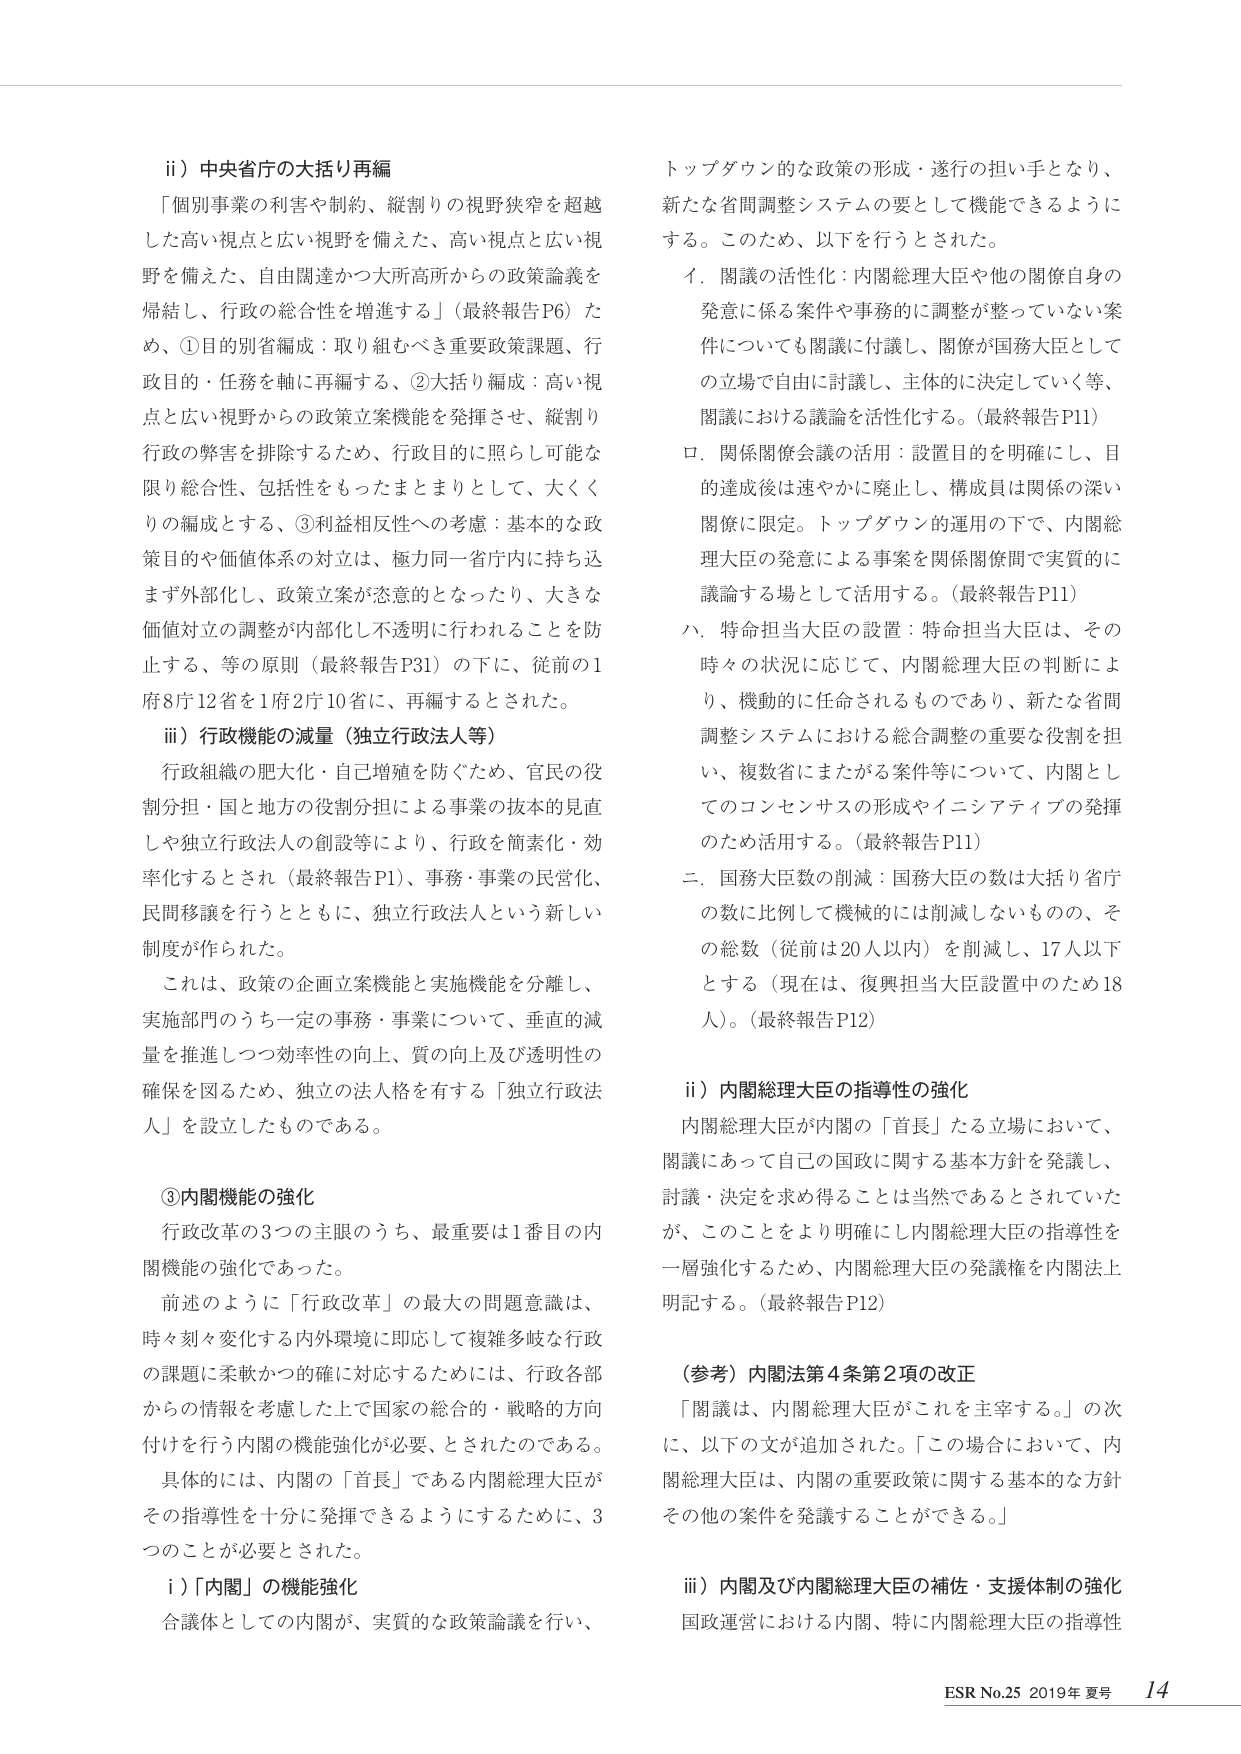
ii）中央省庁の大括り再編
「個別事業の利害や制約、縦割りの視野狭窄を超越した高い視点と広い視野を備えた、高い視点と広い視野を備えた、自由闊達かつ大所高所からの政策論義を帰結し、行政の総合性を増進する」（最終報告P6）ため、①目的別省編成：取り組むべき重要政策課題、行政目的・任務を軸に再編する、②大括り編成：高い視点と広い視野からの政策立案機能を発揮させ、縦割り行政の弊害を排除するため、行政目的に照らし可能な限り総合性、包括性をもったまとまりとして、大きく括りの編成とする、③利益相反性への考慮：基本的な政策目的や価値体系の対立は、極力同一省庁内に持ち込まず外部化し、政策立案が恣意的となったり、大きな価値対立の調整が内部化し不透明に行われることを防止する、等の原則（最終報告P31）の下に、従前の1府8庁12省を1府2庁10省に、再編するとされた。

iii）行政機能の減量（独立行政法人等）
行政組織の肥大化・自己増殖を防ぐため、官民の役割分担・国と地方の役割分担による事業の抜本的見直しや独立行政法人の創設等により、行政を簡素化・効率化するとされ（最終報告P1）、事務・事業の民営化、民間移譲を行うとともに、独立行政法人という新しい制度が作られた。
これは、政策の企画立案機能と実施機能を分離し、実施部門のうち一定の事務・事業について、垂直的減量を推進しつつ効率性の向上、質の向上及び透明性の確保を図るため、独立の法人格を有する「独立行政法人」を設立したものである。

③内閣機能の強化
行政改革の3つの主眼のうち、最重要は1番目の内閣機能の強化であった。
前述のように「行政改革」の最大の問題意識は、時々刻々変化する内外環境に即応して複雑多岐な行政の課題に柔軟かつ的確に対応するためには、行政各部からの情報を考慮した上で国家の総合的・戦略的方向付けを行う内閣の機能強化が必要、とされたのである。
具体的には、内閣の「首長」である内閣総理大臣がその指導性を十分に発揮できるようにするために、3つのことが必要とされた。

i）「内閣」の機能強化
合議体としての内閣が、実質的な政策論議を行い、トップダウン的な政策の形成・遂行の担い手となり、新たな省間調整システムの要として機能できるようにする。このため、以下を行うとされた。
イ．閣議の活性化：内閣総理大臣や他の関係自身の発意に係る案件や事務的に調整が整っていない案件についても閣議に付議し、関係が国務大臣としての立場で自由に討論し、主体的に決定していく等、閣議における議論を活性化する。（最終報告P11）
ロ．関係関係会議の活用：設置目的を明確にし、目的達成後は速やかに廃止し、構成員は関係の深い関係に限定。トップダウン的運用の下で、内閣総理大臣の発意による事案を関係関係間で実質的に議論する場として活用する。（最終報告P11）
ハ．特命担当大臣の設置：特命担当大臣は、その時々の状況に応じて、内閣総理大臣の判断により、機動的に任命されるものであり、新たな省間調整システムにおける総合調整の重要な役割を担い、複数省にまたがる案件等について、内閣としてのコンセンサスの形成やイニシアティブの発揮のため活用する。（最終報告P11）
二．国務大臣数の削減：国務大臣の数は大括り省庁の数に比例して機械的には削減しないものの、その総数（従前は20人以内）を削減し、17人以下とする（現在は、復興担当大臣設置中のため18人）。（最終報告P12）

ii）内閣総理大臣の指導性の強化
内閣総理大臣が内閣の「首長」たる立場において、閣議にあって自己の国政に関する基本方針を発議し、討論・決定を求め得ることは当然であるとされていたが、このことをより明確にし内閣総理大臣の指導性を一層強化するため、内閣総理大臣の発議権を内閣法上明記する。（最終報告P12）

（参考）内閣法第4条第2項の改正
「閣議は、内閣総理大臣がこれを主宰する。」の次に、以下の文が追加された。「この場合において、内閣総理大臣は、内閣の重要政策に関する基本的な方針その他の案件を発議することができる。」

iii）内閣及び内閣総理大臣の補佐・支援体制の強化
国政運営における内閣、特に内閣総理大臣の指導性

ESR No.25 2019年 夏号 14